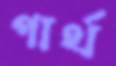
গার্থ